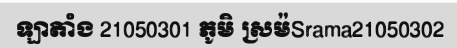
ឡាតាំង 21050301 ភូមិ ស្រម៉Srama21050302